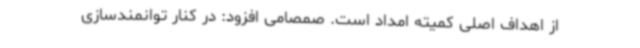
از اهداف اصلی کمیته امداد است. صمصامی افزود: در کنار توانمندسازی